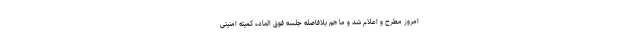
امروز مطرح و اعلام شد و ما هم بلافاصله جلسه فوق العاده کمیته امنیتی